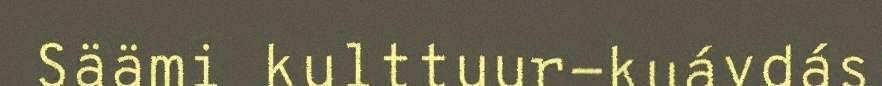
Säämi kulttuur-kuávdás